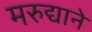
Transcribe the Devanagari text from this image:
मरुद्याने